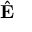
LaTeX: \hat { \mathbf { E } }